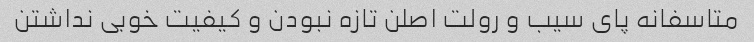
متاسفانه پای سیب و رولت اصلن تازه نبودن و کیفیت خوبی نداشتن